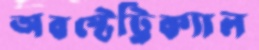
অবস্টেট্রিক্যাল